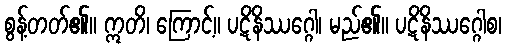
စွန့်တတ်၏။ ဣတိ၊ ကြောင့်။ ပဋိနိဿဂ္ဂေါ၊ မည်၏။ ပဋိနိဿဂ္ဂေါစ၊